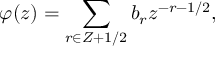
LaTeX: \varphi ( z ) = \sum _ { r \in Z + 1 / 2 } b _ { r } z ^ { - r - 1 / 2 } ,